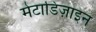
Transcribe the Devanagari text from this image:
मेटाडिज़ाइन